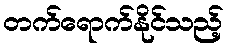
တက်ရောက်နိုင်သည့်